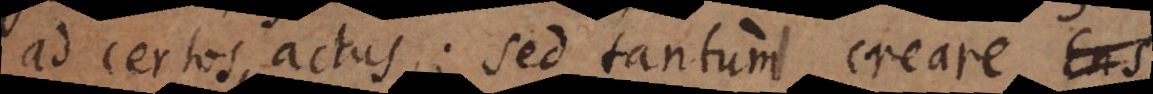
ad certos actus; sed tantum creare